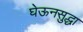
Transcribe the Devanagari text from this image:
घेऊनसुद्धा